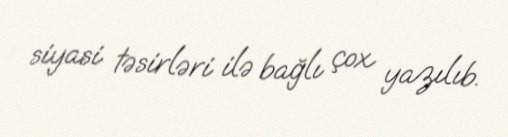
siyasi təsirləri ilə bağlı çox yazılıb.